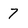
Character: 7